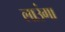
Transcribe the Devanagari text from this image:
लाउंगा